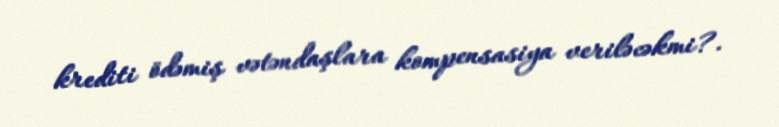
krediti ödəmiş vətəndaşlara kompensasiya veriləcəkmi?.